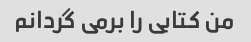
من کتابی را برمی گردانم